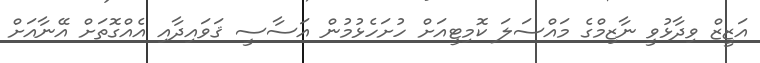
އަޒީޒް ވިދާޅުވީ ނާޒިމްގެ މައްސަލަ ކޮމިޓީއަށް ހުށަހެޅުމުން އަސާސީ ޤަވައިދާއި އެއްގޮތަށް އޭނާއަށް